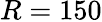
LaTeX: R=150